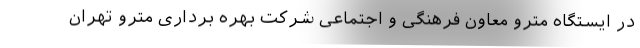
در ایستگاه مترو معاون فرهنگی و اجتماعی شرکت بهره برداری مترو تهران